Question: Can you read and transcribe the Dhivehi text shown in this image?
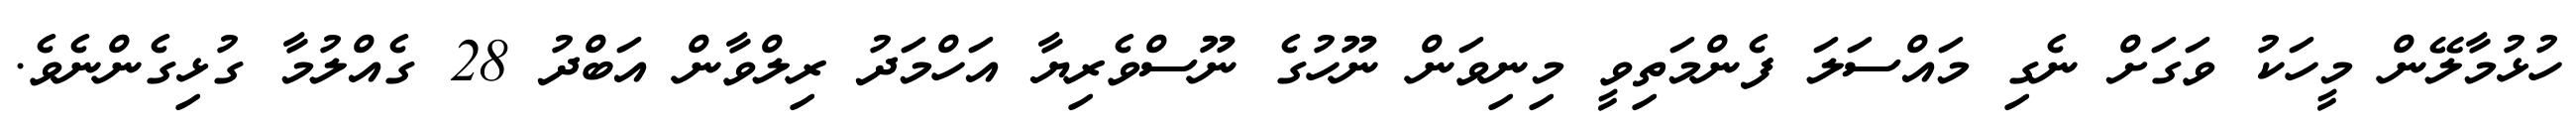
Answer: ހުޅުމާލޭން މީހަކު ވަގަށް ނެގި މައްސަލަ ފެންމަތިވީ މިނިވަން ނޫހުގެ ނޫސްވެރިޔާ އަހްމަދު ރިލްވާން އަބްދު 28 ގެއްލުމާ ގުޅިގެންނެވެ.